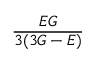
\frac { E G } { 3 ( 3 G - E ) }